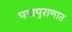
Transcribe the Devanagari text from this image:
पद्मपुराणात